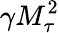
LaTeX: \gamma M_{\tau}^{2}